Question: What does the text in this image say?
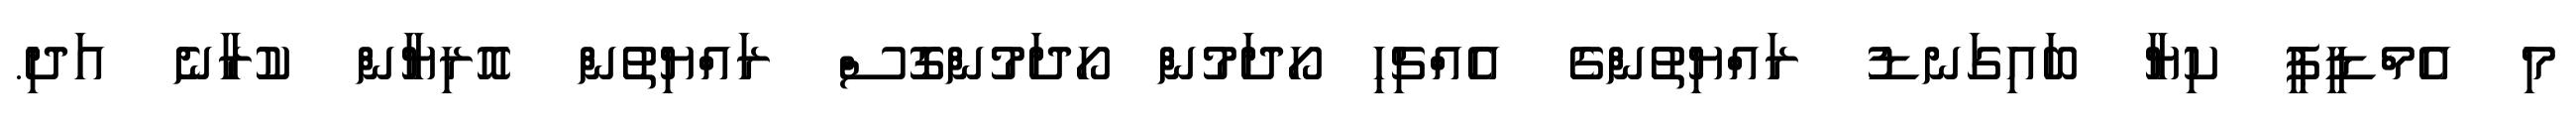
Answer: މި އެމްޑީޕީ ކިޔާ ބައިގަނޑު ރައްޔިތުންގެ އެއްޗިހި ހޯދަމުން ހޯދަމުންގޮސް ރައްޔިތުން އޮރިޔާން ކުރާނެ އަދި.